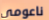
ناعومي